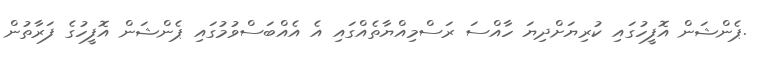
.ޕެންޝަން އޮފީހުގައި ކުރިޔަށްދިޔަ ހާއްސަ ރަސްމިއްޔާތެއްގައި އެ އެއްބަސްވުމުގައި ޕެންޝަން އޮފީހުގެ ފަރާތުން